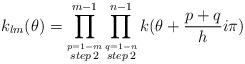
LaTeX: \begin{align*}k_{lm}(\theta) = \prod_{\stackrel{p=1-m}{step\,2}}^{m-1}\prod_{\stackrel{q=1-n}{ step\,2}}^{n-1} k(\theta + {p+q\over h}i\pi)\end{align*}